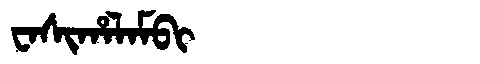
Manchu: ᠸᠠᠰᡳᡥᠠᠯᠠᠮᠪᡳ
Romanization: WASIHALAMBI